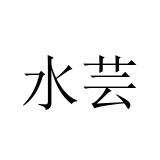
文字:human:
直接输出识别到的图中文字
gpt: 水芸